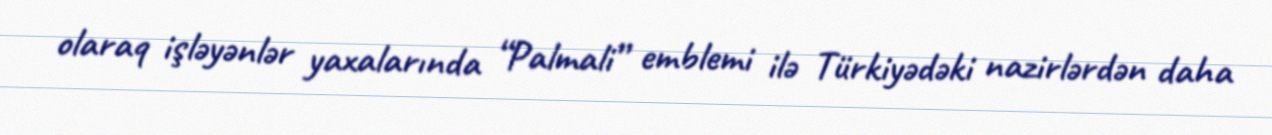
olaraq işləyənlər yaxalarında “Palmali” emblemi ilə Türkiyədəki nazirlərdən daha